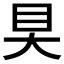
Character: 𰥍